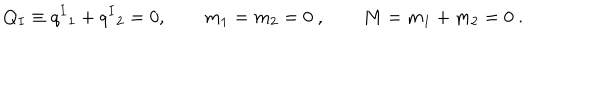
Q _ { I } \equiv q ^ { I } { } _ { 1 } + q ^ { I } { } _ { 2 } = 0 , \qquad m _ { 1 } = m _ { 2 } = 0 \ , \qquad M = m _ { 1 } + m _ { 2 } = 0 \ .